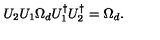
U _ { 2 } U _ { 1 } \Omega _ { d } U _ { 1 } ^ { \dagger } U _ { 2 } ^ { \dagger } = \Omega _ { d } .